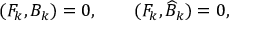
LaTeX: ( F _ { k } , B _ { k } ) = 0 , \qquad ( F _ { k } , \widehat { B } _ { k } ) = 0 ,